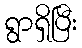
ရွာရှိပြီး